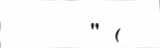
" (